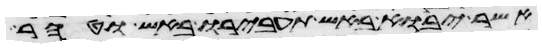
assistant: אשר יבוא באש תעבירו באש וטהר